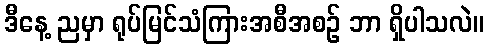
ဒီနေ့ ညမှာ ရုပ်မြင်သံကြားအစီအစဉ် ဘာ ရှိပါသလဲ။